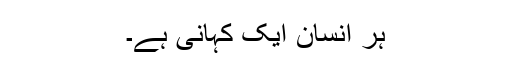
ہر انسان ایک کہانی ہے۔